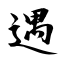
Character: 遇